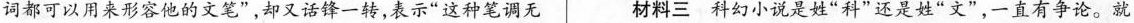
)词都可以用来形容他的文笔”，却又话锋一转，表示“这种笔调无 材料三 科幻小说是姓“科”还是姓“文”，一直有争论。就